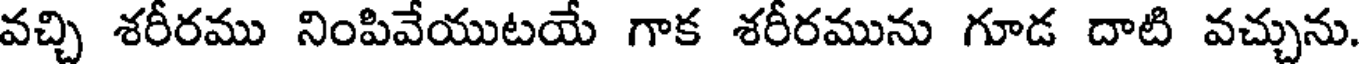
వచ్చి శరీరము నింపివేయుటయే గాక శరీరమును గూడ దాటి వచ్చును.